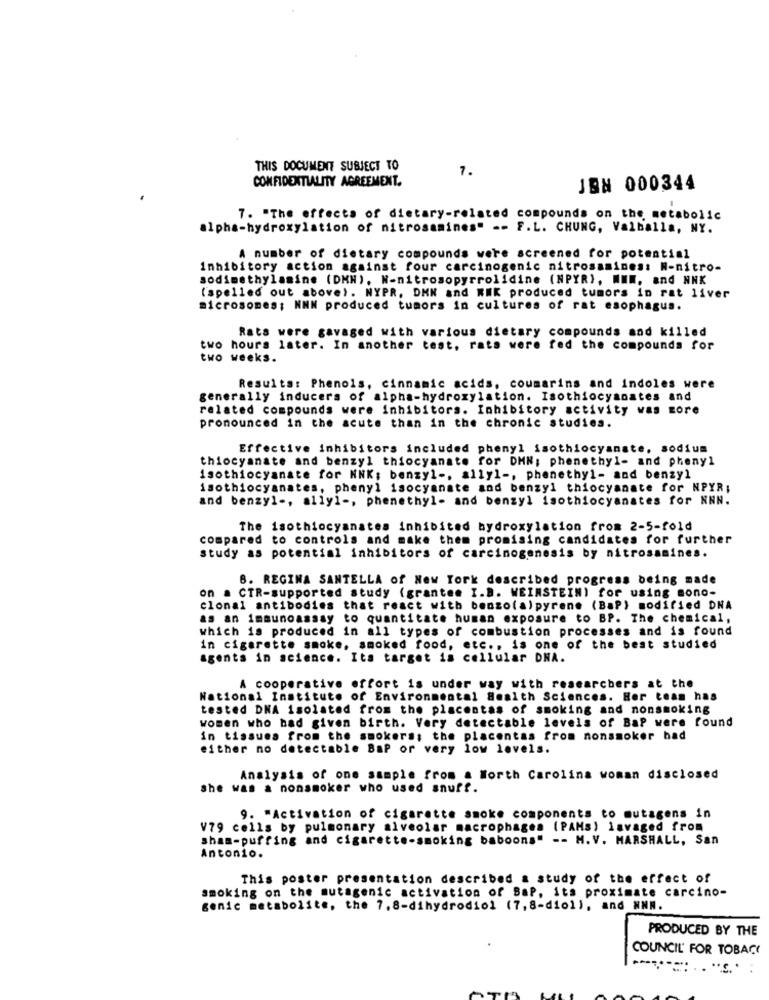
THIS DOCUMENT SUBJECT TO
7.
CONFIDENTIALITY AGREEMENT.
JEN 000344
7. "The effects of dietary-related compounds on the metabolic
alpha-hydroxylation of nitrosamines" -- F.L. CHUNG, Valballa, NY.
A number of dietary compounds were screened for potential
Inhibitory action against four carcinogenic nitrosamines: N-nitro-
sodimethylamine (DMH), N-nitrosopyrrolidine (NPYR), WWW. and NNK
(spelled out above). NYPR, DMN and KMK produced tumors in rat liver
microsomes; NNN produced tumors in cultures of rat esophagus.
Rats were gavaged with various dietary compounds and killed
two hours later. In another test, rats were fed the compounds for
two weeks.
Results: Phenols, cinnamic acids, coumarins and indoles were
generally inducers of alpha-hydroxylation. Isothiocyanates and
related compounds were inhibitors. Inhibitory activity was more
pronounced in the acute than in the chronic studies.
Effective inhibitors included phenyl isothiocyanate, sodium
thiocyanate and benzyl thiocyanate for DMN; phenethyl- and phenyl
isothiocyanate for NNK; benzyl -, ally1 -, phenethyl- and benzyl
isothiocyanates, phenyl isocyanate and benzyl thiocyanate for NPYR;
and benzyl -, ally1 -, phenethyl- and benzyl isothiocyanates for NNN.
The isothiocyanates inhibited hydroxylation from 2-5-fold
compared to controls and make them promising candidates for further
study as potential inhibitors of carcinogenesis by nitrosamines.
8. REGINA SANTELLA of New York described progress being made
on a CTR-supported study (grantee I.B. WEINSTEIN) for using mono-
clonal antibodies that react with benzo(alpyrene (BaP) modified DNA
as an immunoassay to quantitate human exposure to BP. The chemical,
which is produced in all types of combustion processes and is found
in cigarette smoke, smoked food, etc ., is one of the best studied
agents in science. Its target is cellular DNA.
A cooperative effort is under way with researchers at the
National Institute of Environmental Health Sciences. Her team has
tested DNA isolated from the placentas of smoking and nonsmoking
women who had given birth. Very detectable levels of BaP were found
in tissues from the smokers; the placentas from nonsmoker had
either no detectable BaP or very low levels.
Analysis of one sample from a North Carolina woman disclosed
she was a nonsmoker who used snuff.
9. "Activation of cigarette smoke components to mutagens in
V79 cells by pulmonary alveolar macrophages (PAMs) lavaged from
sham-puffing and cigarette-smoking baboons" -- M. V. MARSHALL, San
Antonio.
This poster presentation described a study of the effect of
smoking on the mutagenic activation of BaP, its proximate carcino-
genic metabolite, the 7,8-dihydrodiol (7,8-diol), and NNM.
PRODUCED BY THE
COUNCIL' FOR TOBAC